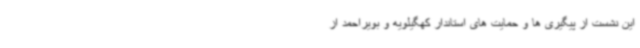
این نشست از پیگیری ها و حمایت های استاندار کهگیلویه و بویراحمد از